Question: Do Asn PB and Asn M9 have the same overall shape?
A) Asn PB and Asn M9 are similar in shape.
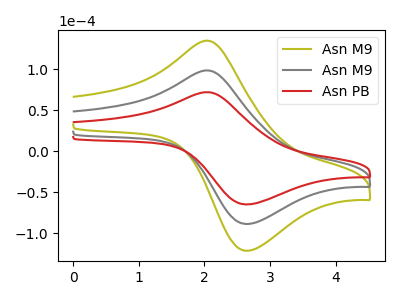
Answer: <think>The olive curve "Asn M9" has an anodic peak at (2.05V, 197.20uA) and a cathodic peak at (2.65V, -177.40uA). The gray curve "Asn M9" has an anodic peak at (2.05V, 98.60uA) and a cathodic peak at (2.65V, -88.70uA). The red curve "Asn PB" has an anodic peak at (2.05V, 72.10uA) and a cathodic peak at (2.65V, -64.85uA).
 All the peaks in "Asn PB" have a peak in "Asn M9" at the same potential. Every peak in "Asn PB" is lower than every peak in "Asn M9".</think>
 <answer>A) "Asn PB" and "Asn M9" are similar in shape.</answer>
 <eval>A</eval>